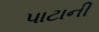
પાટાની